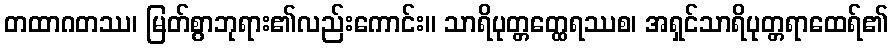
တထာဂတဿ၊ မြတ်စွာဘုရား၏လည်းကောင်း။ သာရိပုတ္တတ္ထေရဿစ၊ အရှင်သာရိပုတ္တရာထေရ်၏